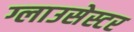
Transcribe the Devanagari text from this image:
ग्लाउसेस्टर